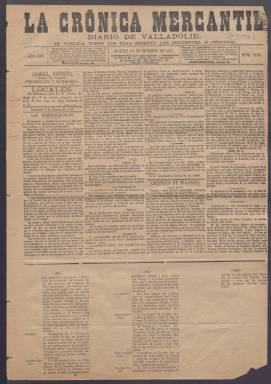
Título: La Crónica mercantil
Colección: Periódicos
Ámbito geográfico: Valladolid
Lugar de publicación: Valladolid
Fechas: 15/02/1887-19/03/1889